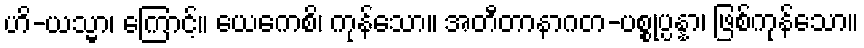
ဟိ-ယသ္မာ၊ ကြောင့်။ ယေကေစိ၊ ကုန်သော။ အတီတာနာဂတ-ပစ္စုပ္ပန္နာ၊ ဖြစ်ကုန်သော။